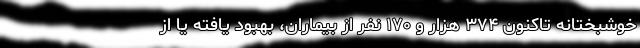
خوشبختانه تاکنون ۳۷۴ هزار و ۱۷۰ نفر از بیماران، بهبود یافته یا از